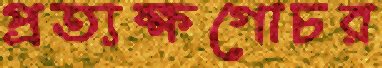
প্রত্যক্ষগোচর